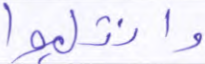
وانقلبوا